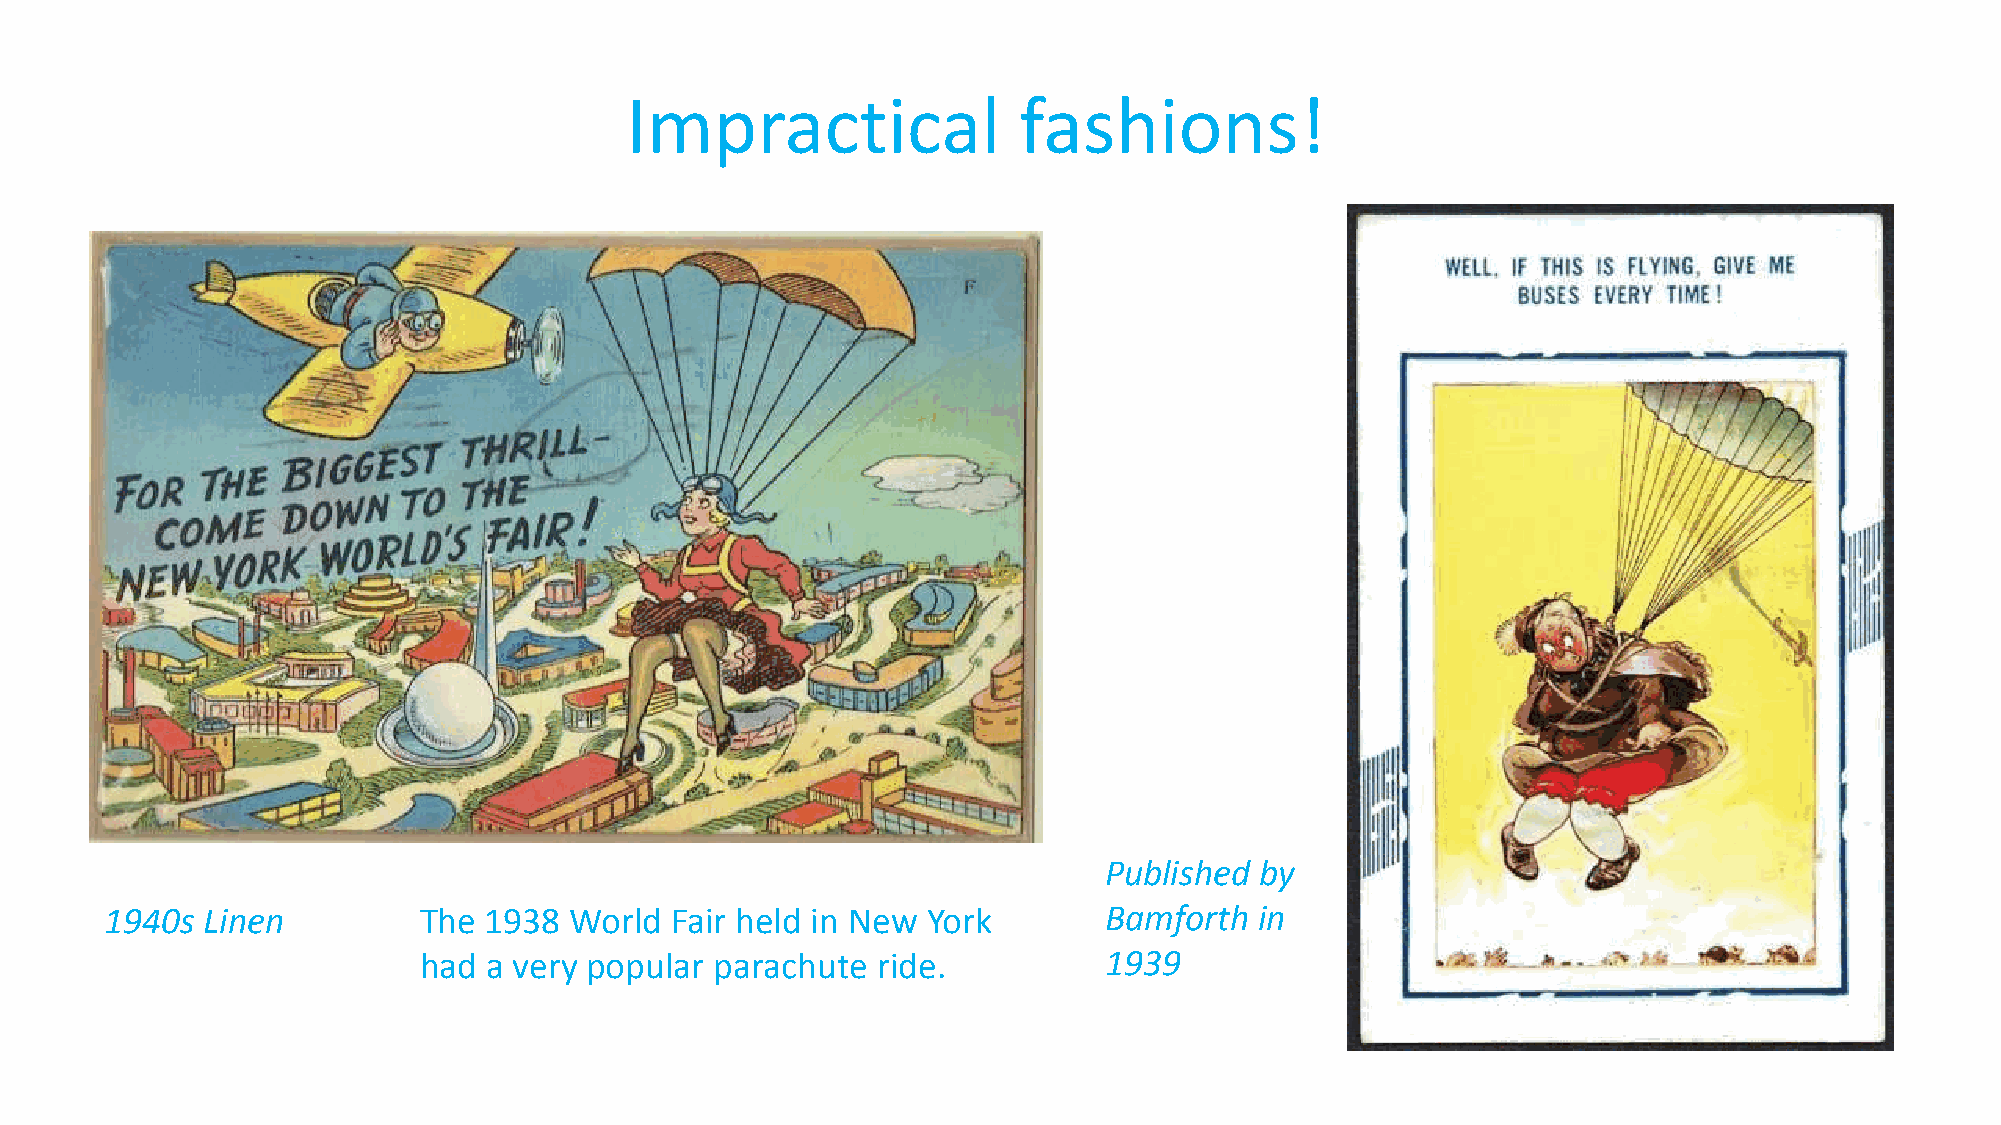
Impractical               fashions!
 Published by
 1940s Linen          The 1938  World Fair held in New York        Bamforth  in
 had a very popular parachute  ride.          1939